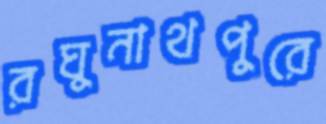
রঘুনাথপুরে